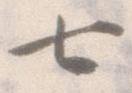
七